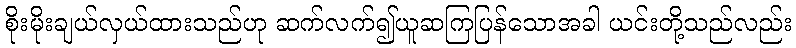
စိုးမိုးချယ်လှယ်ထားသည်ဟု ဆက်လက်၍ယူဆကြပြန်သောအခါ ယင်းတို့သည်လည်း